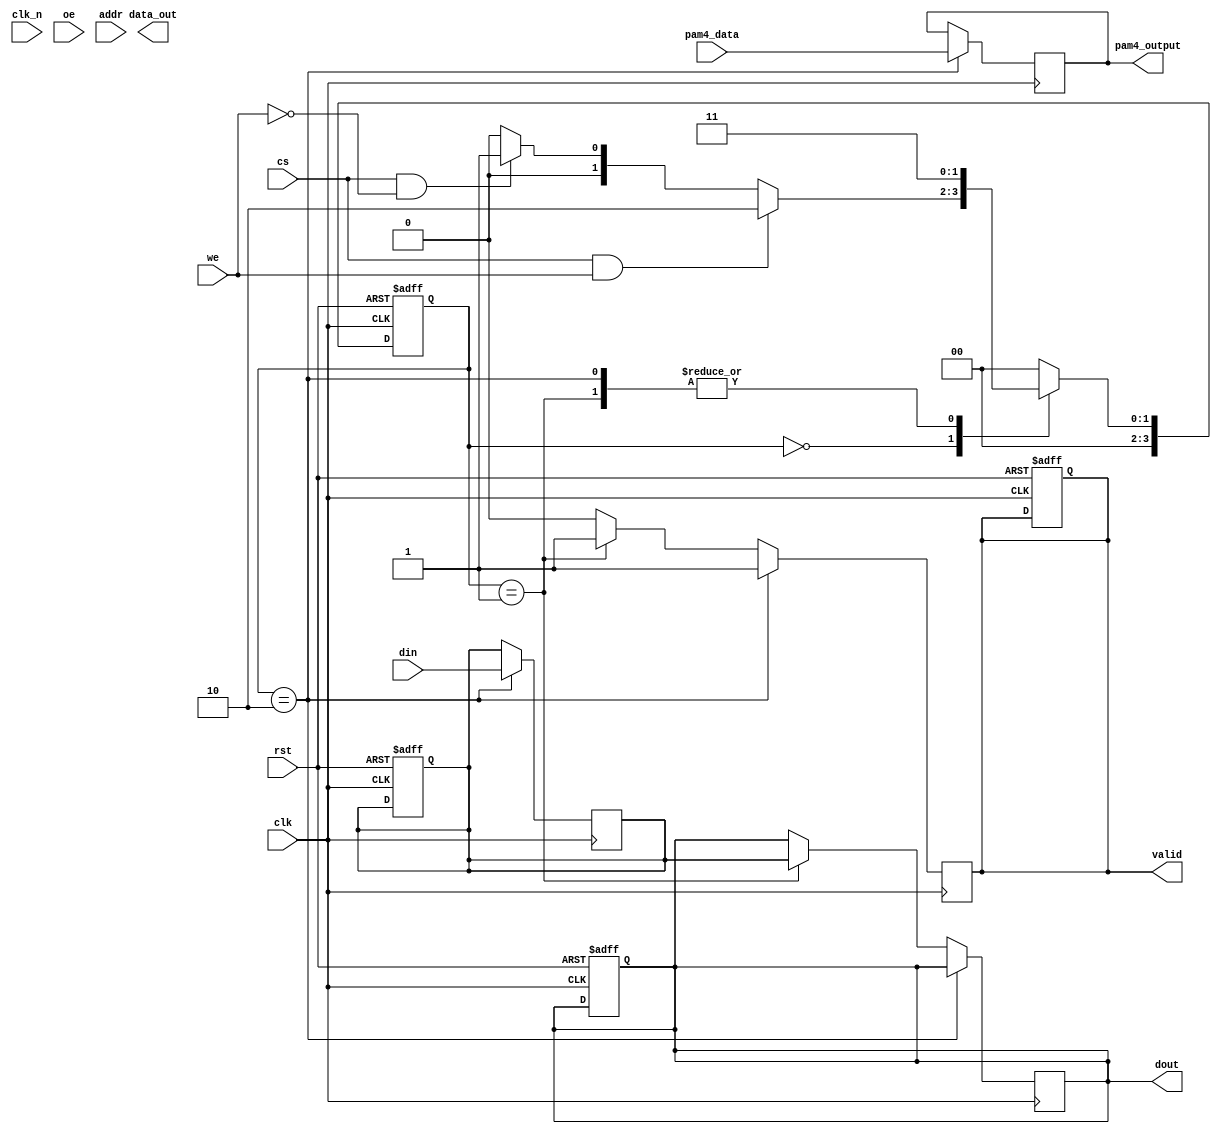
module gddr6x_io_block (
    input wire clk,        // Differential Clock
    input wire clk_n,      // Inverted Differential Clock
    input wire [15:0] din, // 16-bit Data Input
    output reg [15:0] dout, // 16-bit Data Output
    input wire cs,        // Chip Select
    input wire we,        // Write Enable
    input wire oe,        // Output Enable
    input wire [23:0] addr, // Address Bus
    output reg [15:0] data_out, // Output Data
    output reg valid,     // Data Valid Signal
    input wire rst,       // Reset Signal
    input wire [1:0] pam4_data, // PAM4 Data input
    output reg [1:0] pam4_output // PAM4 Data output
);

    // Internal Signals
    reg [15:0] buffer; // Buffer for data transfer
    reg [3:0] state;   // State machine
    reg [3:0] next_state; // Next state for state machine

    // State encoding for a simple state machine
    localparam IDLE        = 4'b0000;
    localparam READ        = 4'b0001;
    localparam WRITE       = 4'b0010;
    localparam WAIT        = 4'b0011;

    // Asynchronous Reset and State Machine
    always @(posedge clk or posedge rst) begin
        if (rst) begin
            state <= IDLE;
            dout <= 16'b0;
            valid <= 1'b0;
            buffer <= 16'b0;
        end else begin
            state <= next_state;
        end
    end

    // Next State Logic
    always @(*) begin
        case (state)
            IDLE: begin
                if (cs && we) begin
                    next_state = WRITE;
                end else if (cs && !we) begin
                    next_state = READ;
                end else begin
                    next_state = IDLE;
                end
            end
            WRITE: begin
                next_state = WAIT;
            end
            READ: begin
                next_state = WAIT;
            end
            WAIT: begin
                next_state = IDLE;
            end
            default: next_state = IDLE;
        endcase
    end

    // Data Handling Logic
    always @(posedge clk) begin
        if (state == WRITE) begin
            buffer <= din; // Capture data to buffer
            valid <= 1'b1; // Indicate data is valid
        end else if (state == READ) begin
            dout <= buffer; // Output buffered data
            valid <= 1'b1; // Indicate data is valid
        end else begin
            valid <= 1'b0; // Data not valid in other states
        end
    end

    // PAM4 Encoding/Decoding Logic (simplified)
    always @(posedge clk) begin
        if (state == WRITE) begin
            // Simple PAM4 encoding logic
            pam4_output <= pam4_data; // Direct mapping for simplicity
        end
    end

endmodule